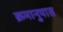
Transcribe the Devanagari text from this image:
क्रमानुपात